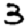
Digit: 3